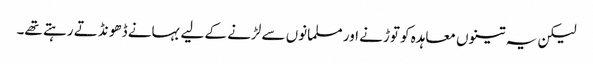
لیکن یہ تینوں معاہدہ کو توڑنے اور مسلمانوں سے لڑنے کے لیے بہانے ڈھو نڈتے رہتے تھے۔